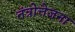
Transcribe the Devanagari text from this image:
तंत्रोत्तेजना